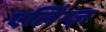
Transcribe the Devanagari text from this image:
एलिंग्ज़